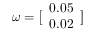
\boldsymbol { \omega } = \bigl [ \begin{array} { l } { 0 . 0 5 } \\ { 0 . 0 2 } \end{array} \bigr ]